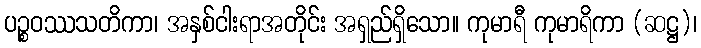
ပဉ္စဝဿသတိကာ၊ အနှစ်ငါးရာအတိုင်း အရှည်ရှိသော။ ကုမာရီ ကုမာရိကာ (ဆဋ္ဌ)၊